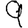
Digit: 9